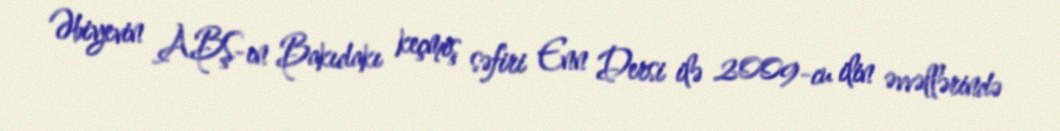
Əbiyevin ABŞ-ın Bakıdakı keçmiş səfiri Enn Dersi ilə 2009-cu ilin əvvəllərində